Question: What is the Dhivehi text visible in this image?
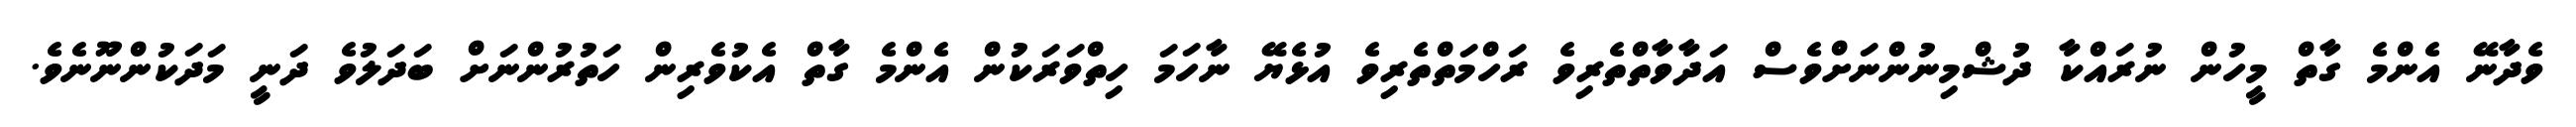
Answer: ވެދާނޭ އެންމެ ގާތް މީހުން ނުރައްކާ ދުޝްމިނުންނަށްވެސް އަދާވާތްތެރިވެ ރަހްމަތްތެރިވެ އުޅެޔޭ ނާހަމަ ހިތްވަރަކުން އެންމެ ގާތް އެކުވެރިން ހަތުރުންނަށް ބަދަލުވެ ދަނީ މަދަކުންނޫނެވެ.